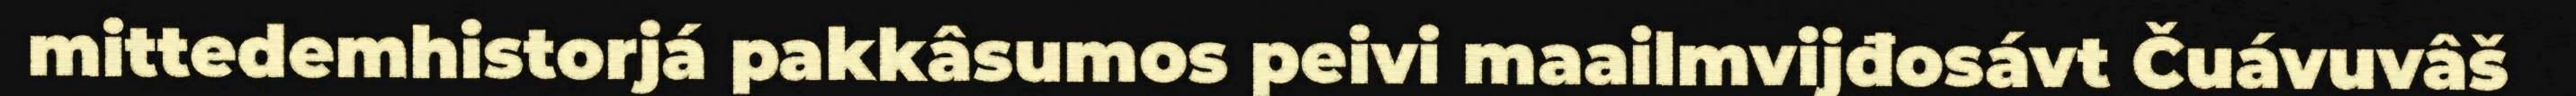
mittedemhistorjá pakkâsumos peivi maailmvijđosávt Čuávuvâš